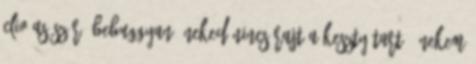
clio3as szűrű bebuggyan. neked nincs rajt a kesztyűtartó, nekem